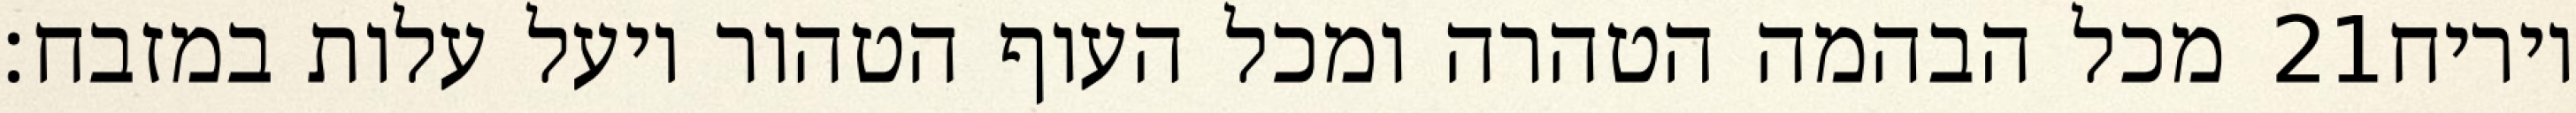
מכל הבהמה הטהרה ומכל העוף הטהור ויעל עלות במזבח׃ ‎21‏ ויריח